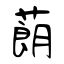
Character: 蓢